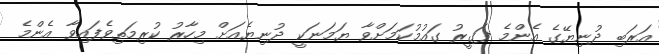
އަރަބި ދުނިޔޭގެ އެންމެ ފަގީރު ގައުމުކަމަށްވާ ޔަމަނަކީ ދުނިޔެއަށް މިހާރު ކުރިމަތިވެފައިވާ އެންމެ